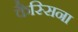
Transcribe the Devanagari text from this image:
कैस्सिना